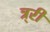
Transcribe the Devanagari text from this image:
त्र्री